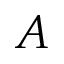
A